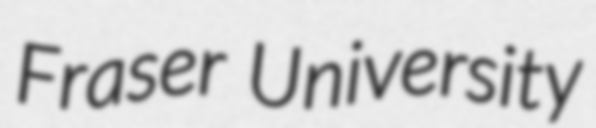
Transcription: Fraser University